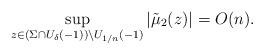
LaTeX: \begin{align*}\sup_{z \in (\Sigma \cap U_\delta(-1)) \backslash U_{1/n}(-1)}\left \vert \tilde{\mu}_2(z) \right\vert = O(n).\end{align*}